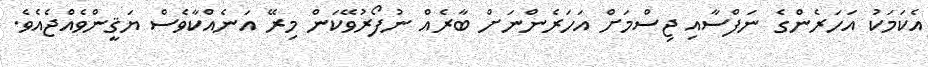
އެކަމަކު އަހަރެންގެ ނަފްސާއި ޖިސްމަށް އަހަރެންނަށް ބާރެއް ނުފޯރުވޭކަން މިރޭ އަނެއްކާވެސް ޔަޤީންވެއްޖެއެވެ.